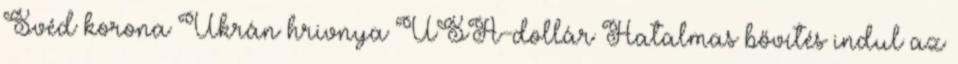
Svéd korona Ukrán hrivnya USA-dollár Hatalmas bővítés indul az